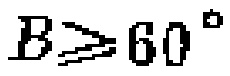
$B\geqslant 60^{\circ}$